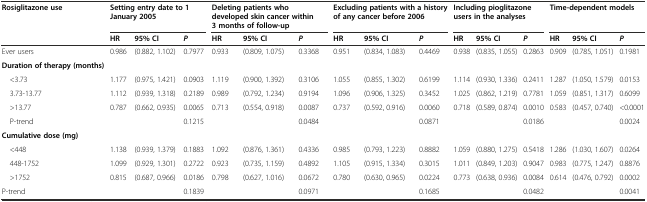
<table><thead><tr><td rowspan="2"><b>Rosiglitazone use</b></td><td colspan="3"><b>Setting entry date to 1 January 2005</b></td><td colspan="3"><b>Deleting patients who developed skin cancer within 3 months of follow-up</b></td><td colspan="3"><b>Excluding patients with a history of any cancer before 2006</b></td><td colspan="3"><b>Including pioglitazone users in the analyses</b></td><td colspan="3"><b>Time-dependent models</b></td></tr><tr><td><b>HR</b></td><td><b>95% CI</b></td><td><b><i>P</i></b></td><td><b>HR</b></td><td><b>95% CI</b></td><td><b><i>P</i></b></td><td><b>HR</b></td><td><b>95% CI</b></td><td><b><i>P</i></b></td><td><b>HR</b></td><td><b>95% CI</b></td><td><b><i>P</i></b></td><td><b>HR</b></td><td><b>95% CI</b></td><td><b><i>P</i></b></td></tr></thead><tbody><tr><td>Ever users</td><td>0.986</td><td>(0.882, 1.102)</td><td>0.7977</td><td>0.933</td><td>(0.809, 1.075)</td><td>0.3368</td><td>0.951</td><td>(0.834, 1.083)</td><td>0.4469</td><td>0.938</td><td>(0.835, 1.055)</td><td>0.2863</td><td>0.909</td><td>(0.785, 1.051)</td><td>0.1981</td></tr><tr><td><b>Duration of therapy (months)</b></td><td></td><td></td><td></td><td></td><td></td><td></td><td></td><td></td><td></td><td></td><td></td><td></td><td></td><td></td><td></td></tr><tr><td> &lt;3.73</td><td>1.177</td><td>(0.975, 1.421)</td><td>0.0903</td><td>1.119</td><td>(0.900, 1.392)</td><td>0.3106</td><td>1.055</td><td>(0.855, 1.302)</td><td>0.6199</td><td>1.114</td><td>(0.930, 1.336)</td><td>0.2411</td><td>1.287</td><td>(1.050, 1.579)</td><td>0.0153</td></tr><tr><td> 3.73-13.77</td><td>1.112</td><td>(0.939, 1.318)</td><td>0.2189</td><td>0.989</td><td>(0.792, 1.234)</td><td>0.9194</td><td>1.096</td><td>(0.906, 1.325)</td><td>0.3452</td><td>1.025</td><td>(0.862, 1.219)</td><td>0.7781</td><td>1.059</td><td>(0.851, 1.317)</td><td>0.6099</td></tr><tr><td> &gt;13.77</td><td>0.787</td><td>(0.662, 0.935)</td><td>0.0065</td><td>0.713</td><td>(0.554, 0.918)</td><td>0.0087</td><td>0.737</td><td>(0.592, 0.916)</td><td>0.0060</td><td>0.718</td><td>(0.589, 0.874)</td><td>0.0010</td><td>0.583</td><td>(0.457, 0.740)</td><td>&lt;0.0001</td></tr><tr><td> P-trend</td><td></td><td></td><td>0.1215</td><td></td><td></td><td>0.0484</td><td></td><td></td><td>0.0871</td><td></td><td></td><td>0.0186</td><td></td><td></td><td>0.0024</td></tr><tr><td><b>Cumulative dose (mg)</b></td><td></td><td></td><td></td><td></td><td></td><td></td><td></td><td></td><td></td><td></td><td></td><td></td><td></td><td></td><td></td></tr><tr><td> &lt;448</td><td>1.138</td><td>(0.939, 1.379)</td><td>0.1883</td><td>1.092</td><td>(0.876, 1.361)</td><td>0.4336</td><td>0.985</td><td>(0.793, 1.223)</td><td>0.8882</td><td>1.059</td><td>(0.880, 1.275)</td><td>0.5418</td><td>1.286</td><td>(1.030, 1.607)</td><td>0.0264</td></tr><tr><td> 448-1752</td><td>1.099</td><td>(0.929, 1.301)</td><td>0.2722</td><td>0.923</td><td>(0.735, 1.159)</td><td>0.4892</td><td>1.105</td><td>(0.915, 1.334)</td><td>0.3015</td><td>1.011</td><td>(0.849, 1.203)</td><td>0.9047</td><td>0.983</td><td>(0.775, 1.247)</td><td>0.8876</td></tr><tr><td> &gt;1752</td><td>0.815</td><td>(0.687, 0.966)</td><td>0.0186</td><td>0.798</td><td>(0.627, 1.016)</td><td>0.0672</td><td>0.780</td><td>(0.630, 0.965)</td><td>0.0224</td><td>0.773</td><td>(0.638, 0.936)</td><td>0.0084</td><td>0.614</td><td>(0.476, 0.792)</td><td>0.0002</td></tr><tr><td>P-trend</td><td></td><td></td><td>0.1839</td><td></td><td></td><td>0.0971</td><td></td><td></td><td>0.1685</td><td></td><td></td><td>0.0482</td><td></td><td></td><td>0.0041</td></tr></tbody></table>